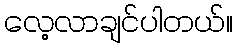
လေ့လာချင်ပါတယ်။